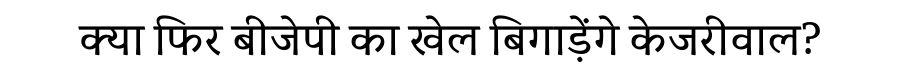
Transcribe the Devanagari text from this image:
क्या फिर बीजेपी का खेल बिगाड़ेंगे केजरीवाल?